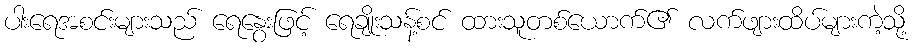
ပါးရေအစင်းများသည် ရေနွေးဖြင့် ရေချိုးသန့်စင် ထားသူတစ်ယောက်၏ လက်ဖျားထိပ်များကဲ့သို့